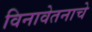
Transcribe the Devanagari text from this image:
विनावेतनाचे